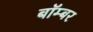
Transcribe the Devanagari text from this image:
बाॅम्बर